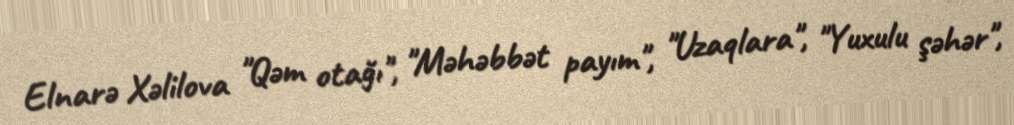
Elnarə Xəlilova "Qəm otağı", "Məhəbbət payım", "Uzaqlara", "Yuxulu şəhər",